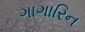
ગાગારિન